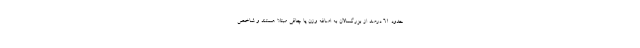
حدود ۶۱ درصد از بزرگسالان به اضافه وزن یا چاقی مبتلا هستند و شاخص